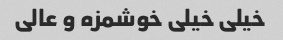
خیلی خیلی خوشمزه و عالی